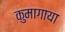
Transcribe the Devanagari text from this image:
कुमागाया